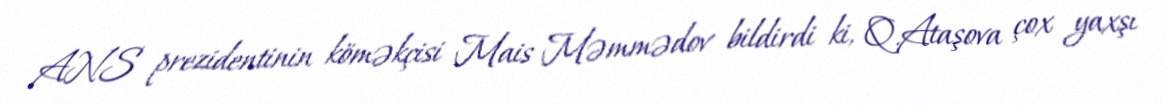
ANS prezidentinin köməkçisi Mais Məmmədov bildirdi ki, Q.Ataşova çox yaxşı